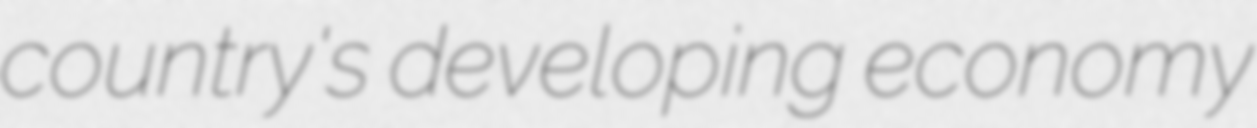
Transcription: country's developing economy